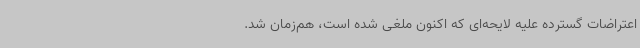
اعتراضات گسترده علیه لایحه‌ای که اکنون‌ ملغی شده است، هم‌زمان شد.